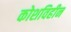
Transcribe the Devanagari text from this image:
कोशविहीन